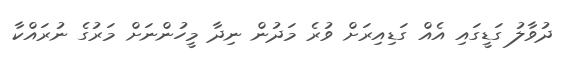
ދުވާލު ގަޑީގައި އެއް ގަޑިއިރަށް ވުރެ މަދުން ނިދާ މީހުންނަށް މަރުގެ ނުރައްކާ